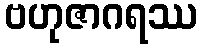
ဗဟုဇာဂရဿ